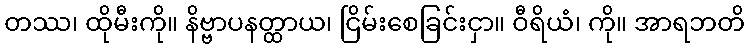
တဿ၊ ထိုမီးကို။ နိဗ္ဗာပနတ္ထာယ၊ ငြိမ်းစေခြင်းငှာ။ ဝီရိယံ၊ ကို။ အာရဘတိ